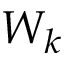
W _ { k }